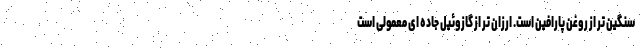
سنگین تر از روغن پارافین است. ارزان تر از گازوئیل جاده ای معمولی است